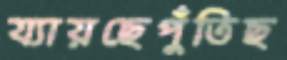
য্যায়ছেপুঁতিছ